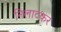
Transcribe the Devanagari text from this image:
निलाटकर